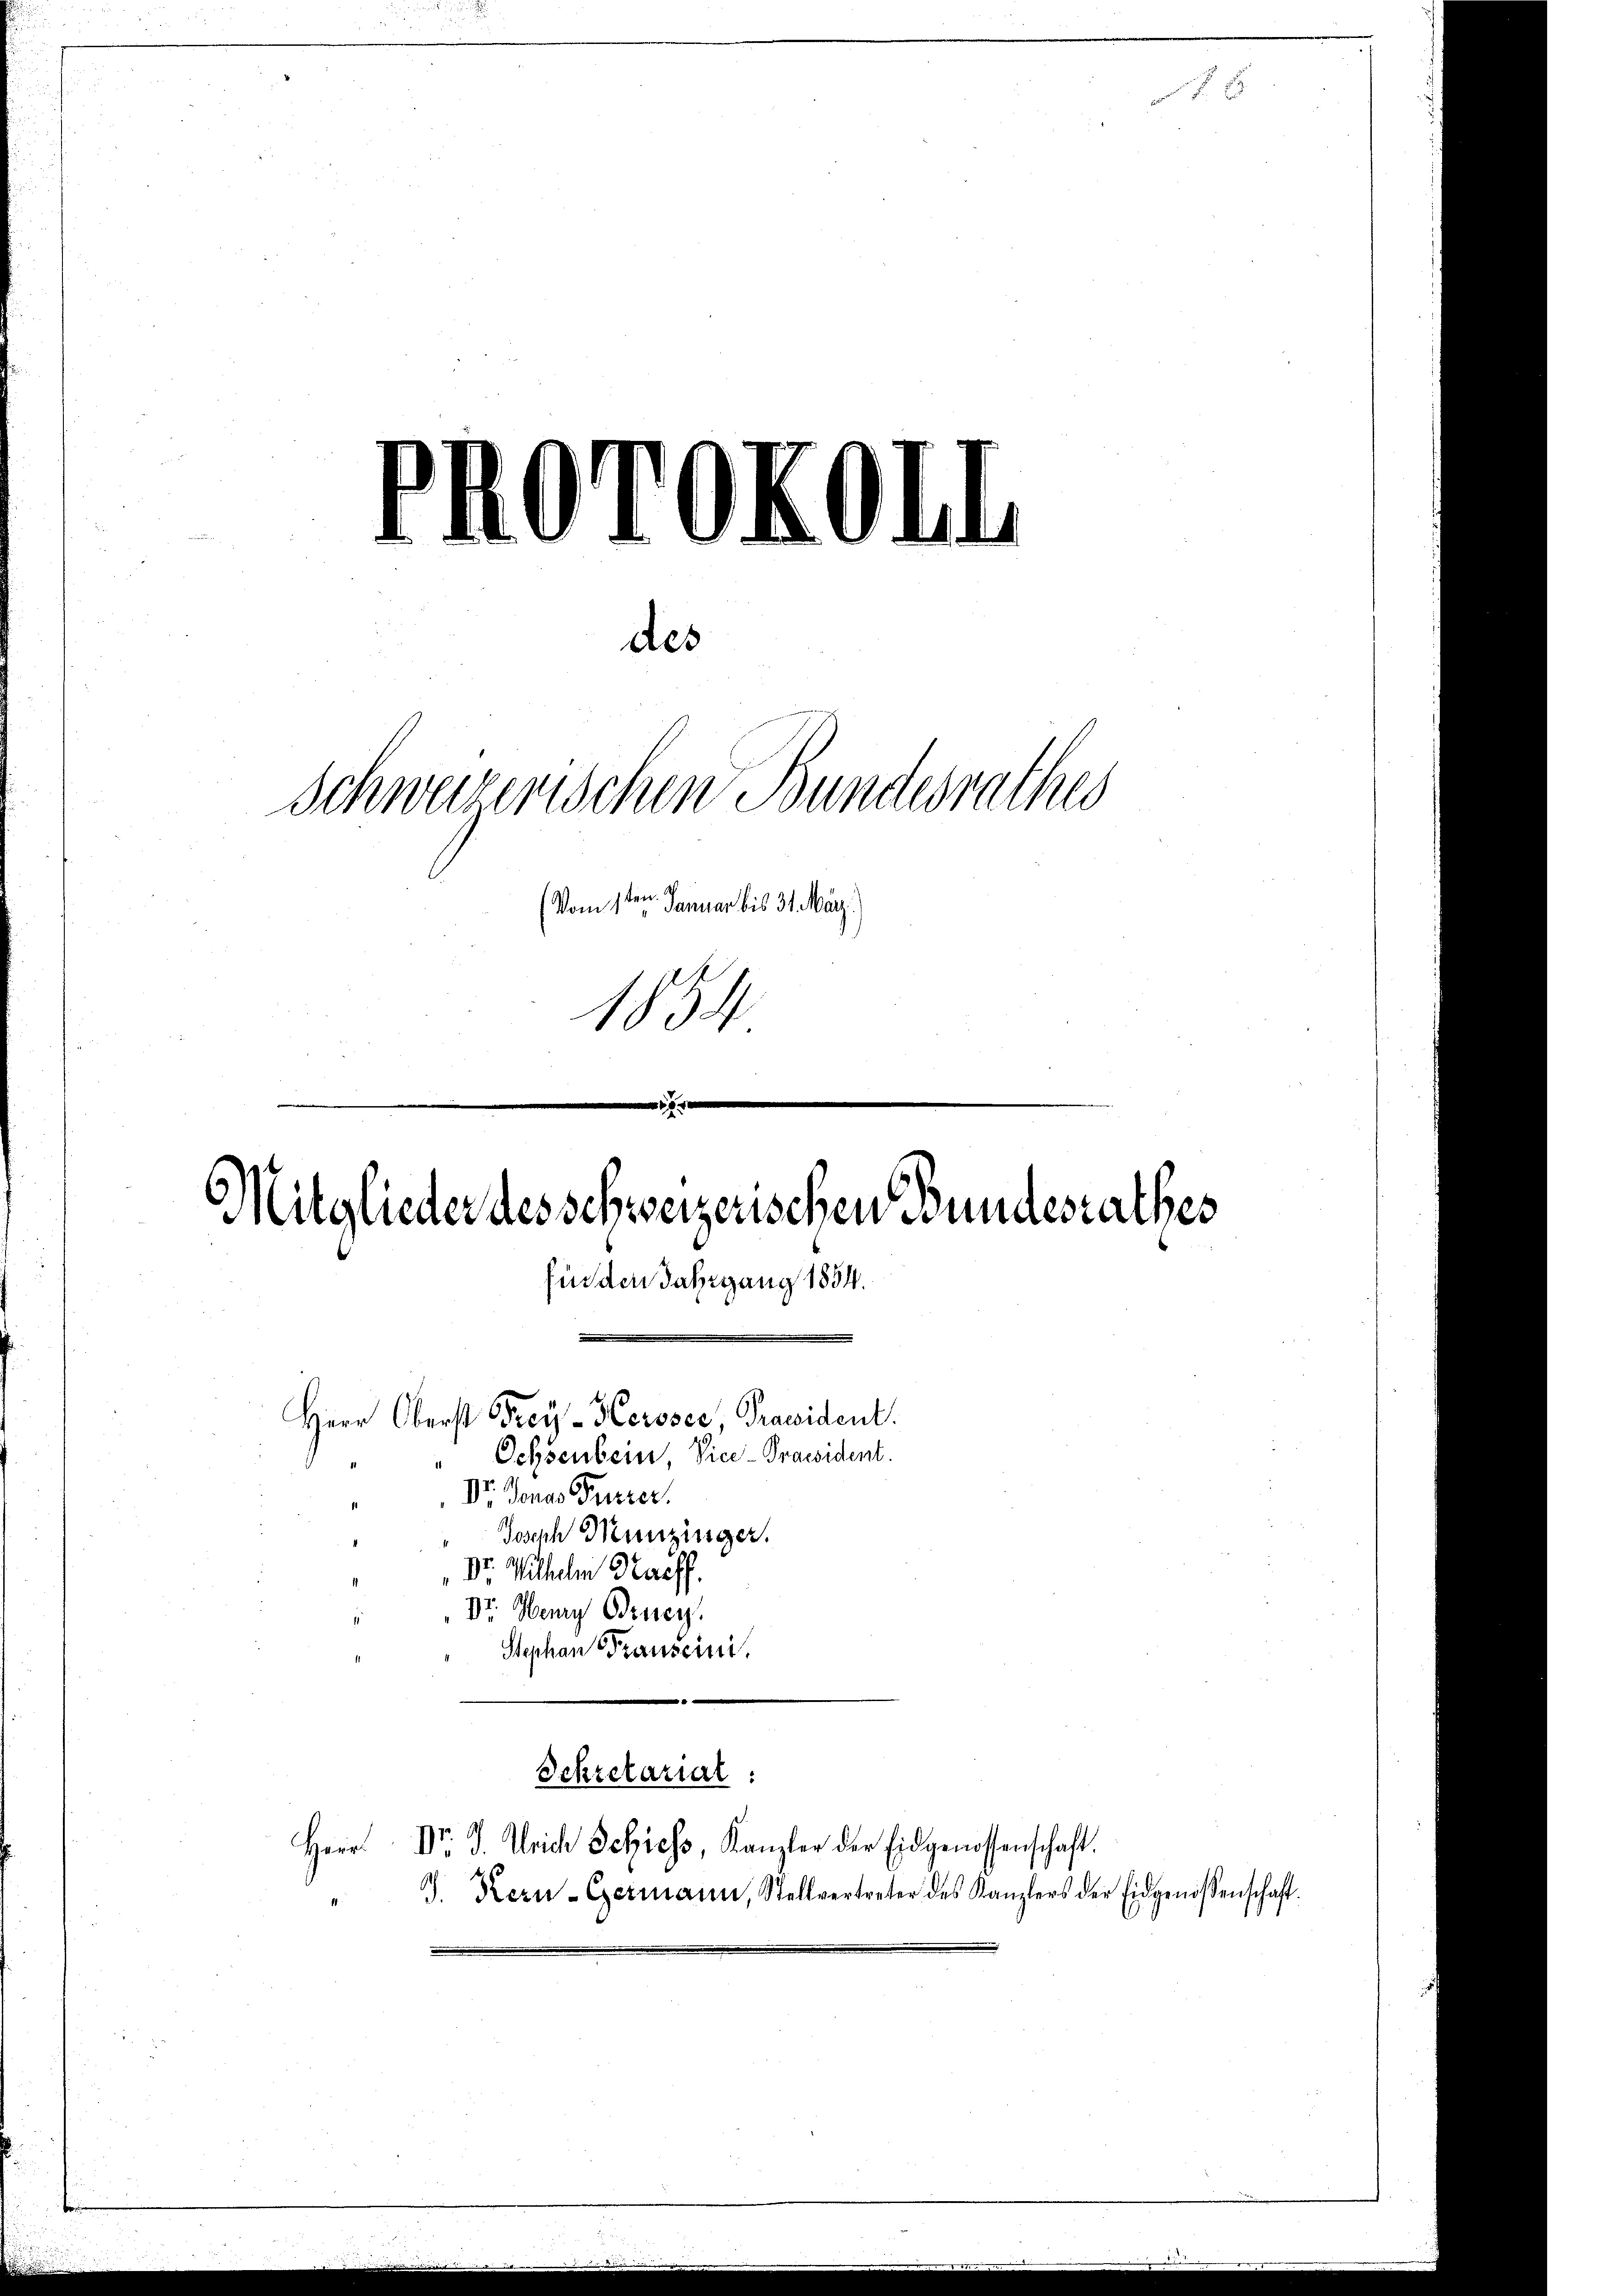
.
des
Schweizerischen Bundesrathes
(Vom 1ten Januar bis 31. März.
1854

für den Jahrgang 1854.
Herr Oberst Frey-Keroser, Präsident.
Ochsenbein, Vice-Praesident.
Dr. Jonas Furrer
Joseph Munzinger.

Mitglieder des schweizerischen Bundesrathes

Dr. Wilhehen Kauff
Dr. Henry Bruey
Stephan Trauseini
Sekretarial:
Dr. J. Ulrich Schiess, Kanzler der Eidgenossenschaft.
Herr
J. Kern-Germann, Stellvertreter des Kanzlers der Eidgenossenschaft.